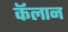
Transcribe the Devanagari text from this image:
कॅलान